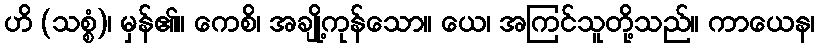
ဟိ (သစ္စံ)၊ မှန်၏။ ကေစိ၊ အချို့ကုန်သော။ ယေ၊ အကြင်သူတို့သည်။ ကာယေန၊